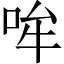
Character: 哞